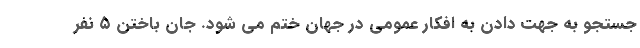
جستجو به جهت دادن به افکار عمومی در جهان ختم می شود. جان باختن ۵ نفر